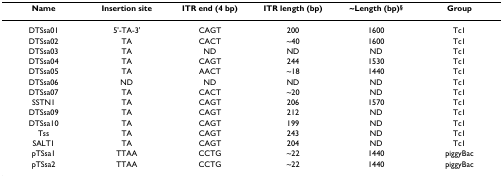
| Name | Insertion site | ITR end (4 bp) | ITR length (bp) | ~Length (bp)§ | Group |
 | --- | --- | --- | --- | --- | --- |
 | DTSsa01 | 5'-TA-3' | CAGT | 200 | 1600 | Tc1 |
 | DTSsa02 | TA | CACT | ~40 | 1600 | Tc1 |
 | DTSsa03 | TA | ND | ND | ND | Tc1 |
 | DTSsa04 | TA | CAGT | 244 | 1530 | Tc1 |
 | DTSsa05 | TA | AACT | ~18 | 1440 | Tc1 |
 | DTSsa06 | ND | ND | ND | ND | Tc1 |
 | DTSsa07 | TA | CACT | ~20 | ND | Tc1 |
 | SSTN1 | TA | CAGT | 206 | 1570 | Tc1 |
 | DTSsa09 | TA | CAGT | 212 | ND | Tc1 |
 | DTSsa10 | TA | CAGT | 199 | ND | Tc1 |
 | Tss | TA | CAGT | 243 | ND | Tc1 |
 | SALT1 | TA | CAGT | 204 | ND | Tc1 |
 | pTSsa1 | TTAA | CCTG | ~22 | 1440 | piggyBac |
 | pTSsa2 | TTAA | CCTG | ~22 | 1440 | piggyBac |